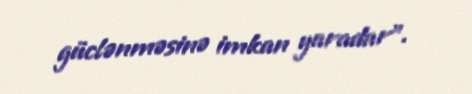
güclənməsinə imkan yaradar”.